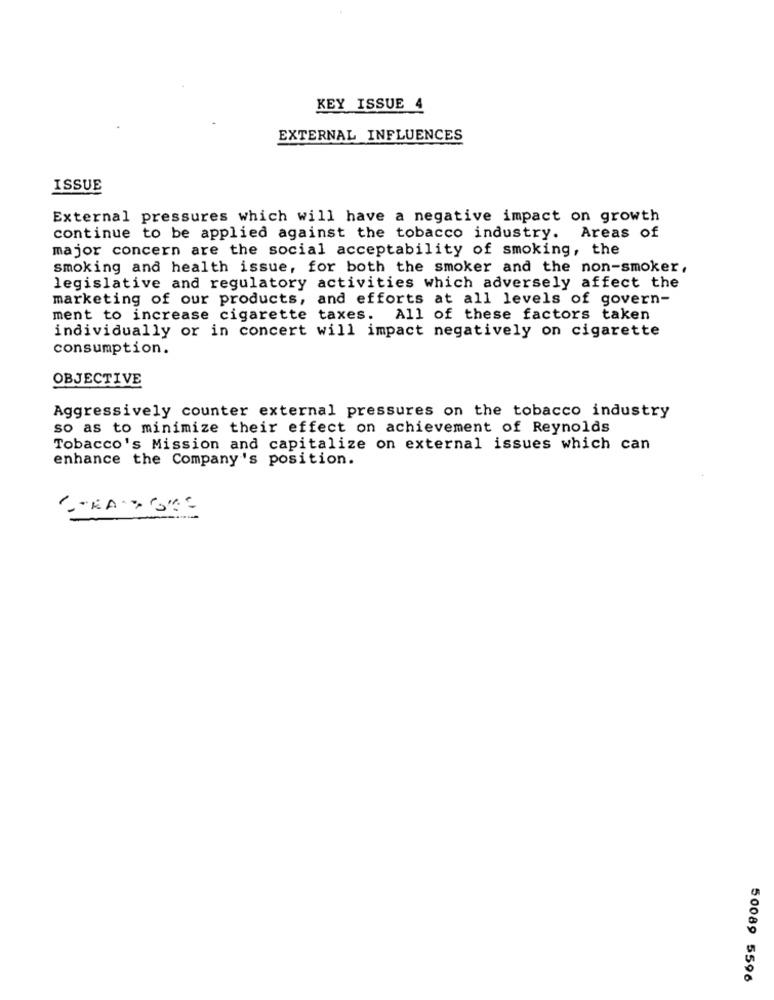
KEY ISSUE 4
EXTERNAL INFLUENCES
ISSUE
External pressures which will have a negative impact on growth
continue to be applied against the tobacco industry. Areas of
major concern are the social acceptability of smoking, the
smoking and health issue, for both the smoker and the non-smoker,
legislative and regulatory activities which adversely affect the
marketing of our products, and efforts at all levels of govern-
ment to increase cigarette taxes.
All of these factors taken
individually or in concert will impact negatively on cigarette
consumption.
OBJECTIVE
Aggressively counter external pressures on the tobacco industry
so as to minimize their effect on achievement of Reynolds
Tobacco's Mission and capitalize on external issues which can
enhance the Company's position.
50089 5596